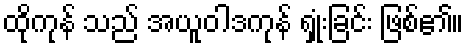
ထိုကုန် သည် အယူဝါဒကုန် ရှုံးခြင်း ဖြစ်၏။